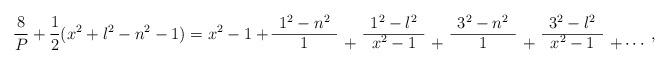
LaTeX: \begin{align*}\frac{8}{P}+\frac{1}{2}(x^2+l^2-n^2-1)=x^2-1+\begin{array}{ccccccccc}1^2-n^2 & & 1^2-l^2 & & 3^2-n^2 & & 3^2-l^2 &\\\cline{1-1}\cline{3-3}\cline{5-5}\cline{7-7}\cline{9-9}1 & + & x^2-1 & + & 1 & +&x^2-1 & +\cdots\end{array},\end{align*}